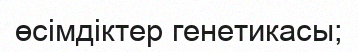
өсімдіктер генетикасы;